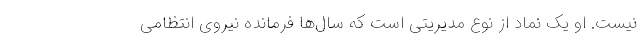
نیست. او یک نماد از نوع مدیریتی است که سال‌ها فرمانده نیروی انتظامی